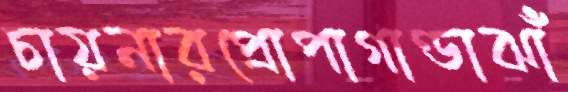
চায়নারপ্রোপাগাণ্ডাঝাঁ